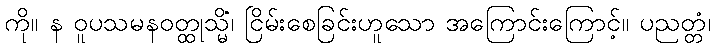
ကို။ န ဝူပသမနဝတ္ထုသ္မိံ၊ ငြိမ်းစေခြင်းဟူသော အကြောင်းကြောင့်။ ပညတ္တံ၊